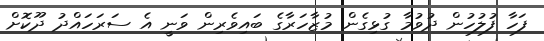
ފަހާ ފުލުހުން ދުވުމާ ގުޅިގެން މުޒާހަރާގެ ބައިވެރިން ވަނީ އެ ސަރަހައްދު ދޫކޮށް